Vaccination in Burma 1920-1933 - 1920-1933
Year: 1920
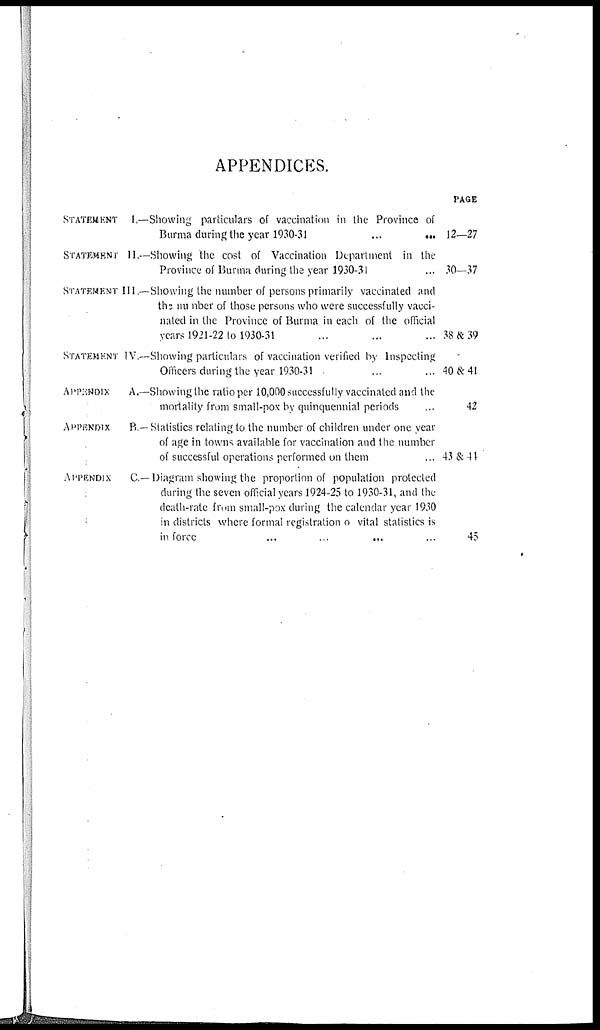
APPENDICES.
STATEMENT I.—Showing particulars of vaccination in the Province of
Burma during the year 1930-31
...
...
STATEMENT 11.—Showing the cost of Vaccination Department in the
Province of Burma during the year 1930-31 ...
STATEMENT III.—Showing the number of persons primarily vaccinated and
the number of those persons who were successfully vacci-
nated in the Province of Burma in each of the official
years 1921-22 to 1930-31 ... ... ...
STATEMENT IV.—Showing particulars of vaccination verified by Inspecting
Officers during the year 1930-31 ... ...
APPENDIX A.—Showing the ratio per 10,000 successfully vaccinated and the
mortality from small-pox by quinquennial periods ...
APPENDIX B.— Statistics relating to the number of children under one year
of age in towns available for vaccination and the number
of successful operations performed on them ...
APPENDIX C.— Diagram showing the proportion of population protected
during the seven official years 1924-25 to 1930-31, and the
death-rate from small-pox during the calendar year 1930
in districts where formal registration of vital statistics is
in force ... ... ... ...
PAGE
12—27
30—37
38 & 39
40 & 41
42
43&44
45